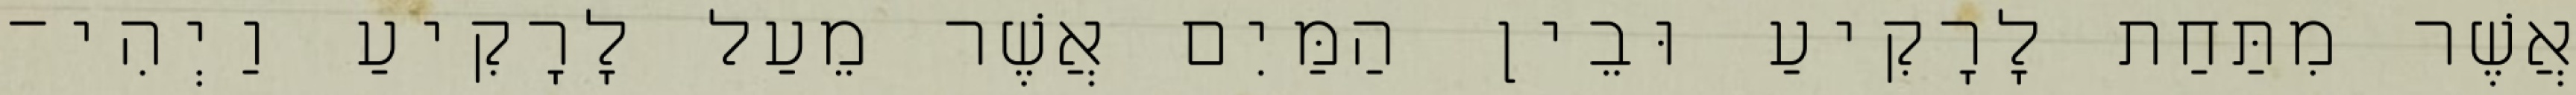
אֲשֶׁר מִתַּחַת לָרָקִיעַ וּבֵין הַמַּיִם אֲשֶׁר מֵעַל לָרָקִיעַ וַיְהִי־